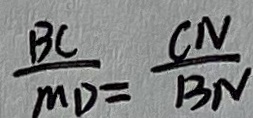
\frac { B C } { M D } = \frac { C N } { B N }